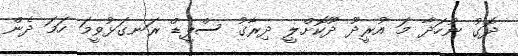
ދޮގު ނުހަދާ މަ އުރީދޫ ދޫކޮށްލީ ދިރާގު ސްޕީޑް ރަނގަޅުވީމަ ހަމަ ދެން